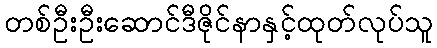
တစ်ဦးဦးဆောင်ဒီဇိုင်နာနှင့်ထုတ်လုပ်သူ